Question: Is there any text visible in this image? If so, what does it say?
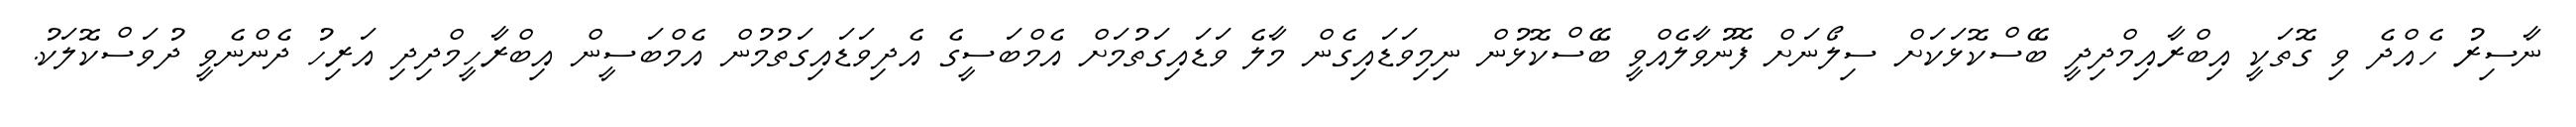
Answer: ނާސިރު ހެއްދެ ވި ގޮތަކީ އިބްރާއިމްދިދީ ބޭސްކޮޅަކަށް ސިލޯނަށް ފޮނުވާލެއްވީ ބޭސްކޮޅުން ނިމިވަޑައިގެން މާލެ ވަޑައިގަތުމަށް އެމްބަސީގެ އެދިވަޑައިގަތުމުން އެމްބަސީން އިބްރާހީމްދިދި އަރިހު ދެންނެވީ ދުވަސްކޮލަކު.